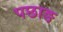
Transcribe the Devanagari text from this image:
पछाङ